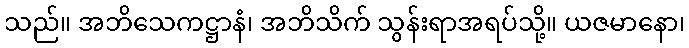
သည်။ အဘိသေကဋ္ဌာနံ၊ အဘိသိက် သွန်းရာအရပ်သို့။ ယဇမာနော၊